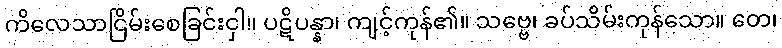
ကိလေသာငြိမ်းစေခြင်းငှါ။ ပဋိပန္နာ၊ ကျင့်ကုန်၏။ သဗ္ဗေ၊ ခပ်သိမ်းကုန်သော။ တေ၊